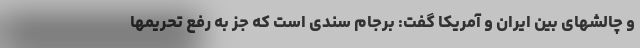
و چالشهای بین ایران و آمریکا گفت: برجام سندی است که جز به رفع تحریمها